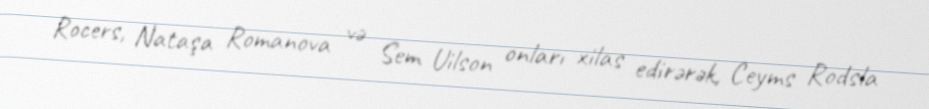
Rocers, Nataşa Romanova və Sem Uilson onları xilas edirərək, Ceyms Rodsla